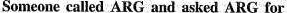
Someone called ARG and asked ARG for